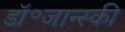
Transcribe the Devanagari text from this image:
डॉ॰जान्स्की